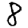
Digit: 8